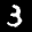
Label: 3